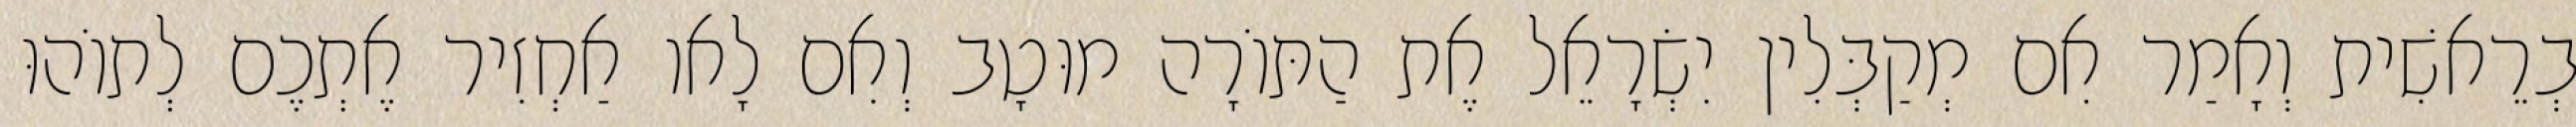
בְרֵאשִׁית וְאָמַר אִם מְקַבְּלִין יִשְׂרָאֵל אֶת הַתּוֹרָה מוּטָב וְאִם לָאו אַחְזִיר אֶתְכֶם לְתוֹהוּ